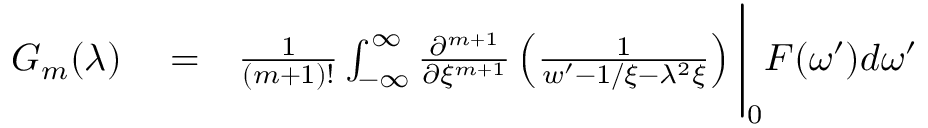
\begin{array} { r l r } { G _ { m } ( \lambda ) } & { { } = } & { \frac { 1 } { ( m + 1 ) ! } \int _ { - \infty } ^ { \infty } \frac { \partial ^ { m + 1 } } { \partial { \xi ^ { m + 1 } } } \left( \frac { 1 } { w ^ { \prime } - 1 / \xi - \lambda ^ { 2 } \xi } \right) \Bigg \vert _ { 0 } F ( \omega ^ { \prime } ) d \omega ^ { \prime } } \end{array}